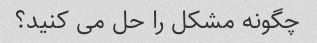
چگونه مشکل را حل می کنید؟